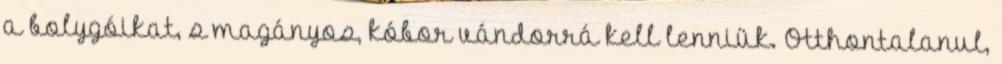
a bolygóikat, s magányos, kóbor vándorrá kell lenniük. Otthontalanul,